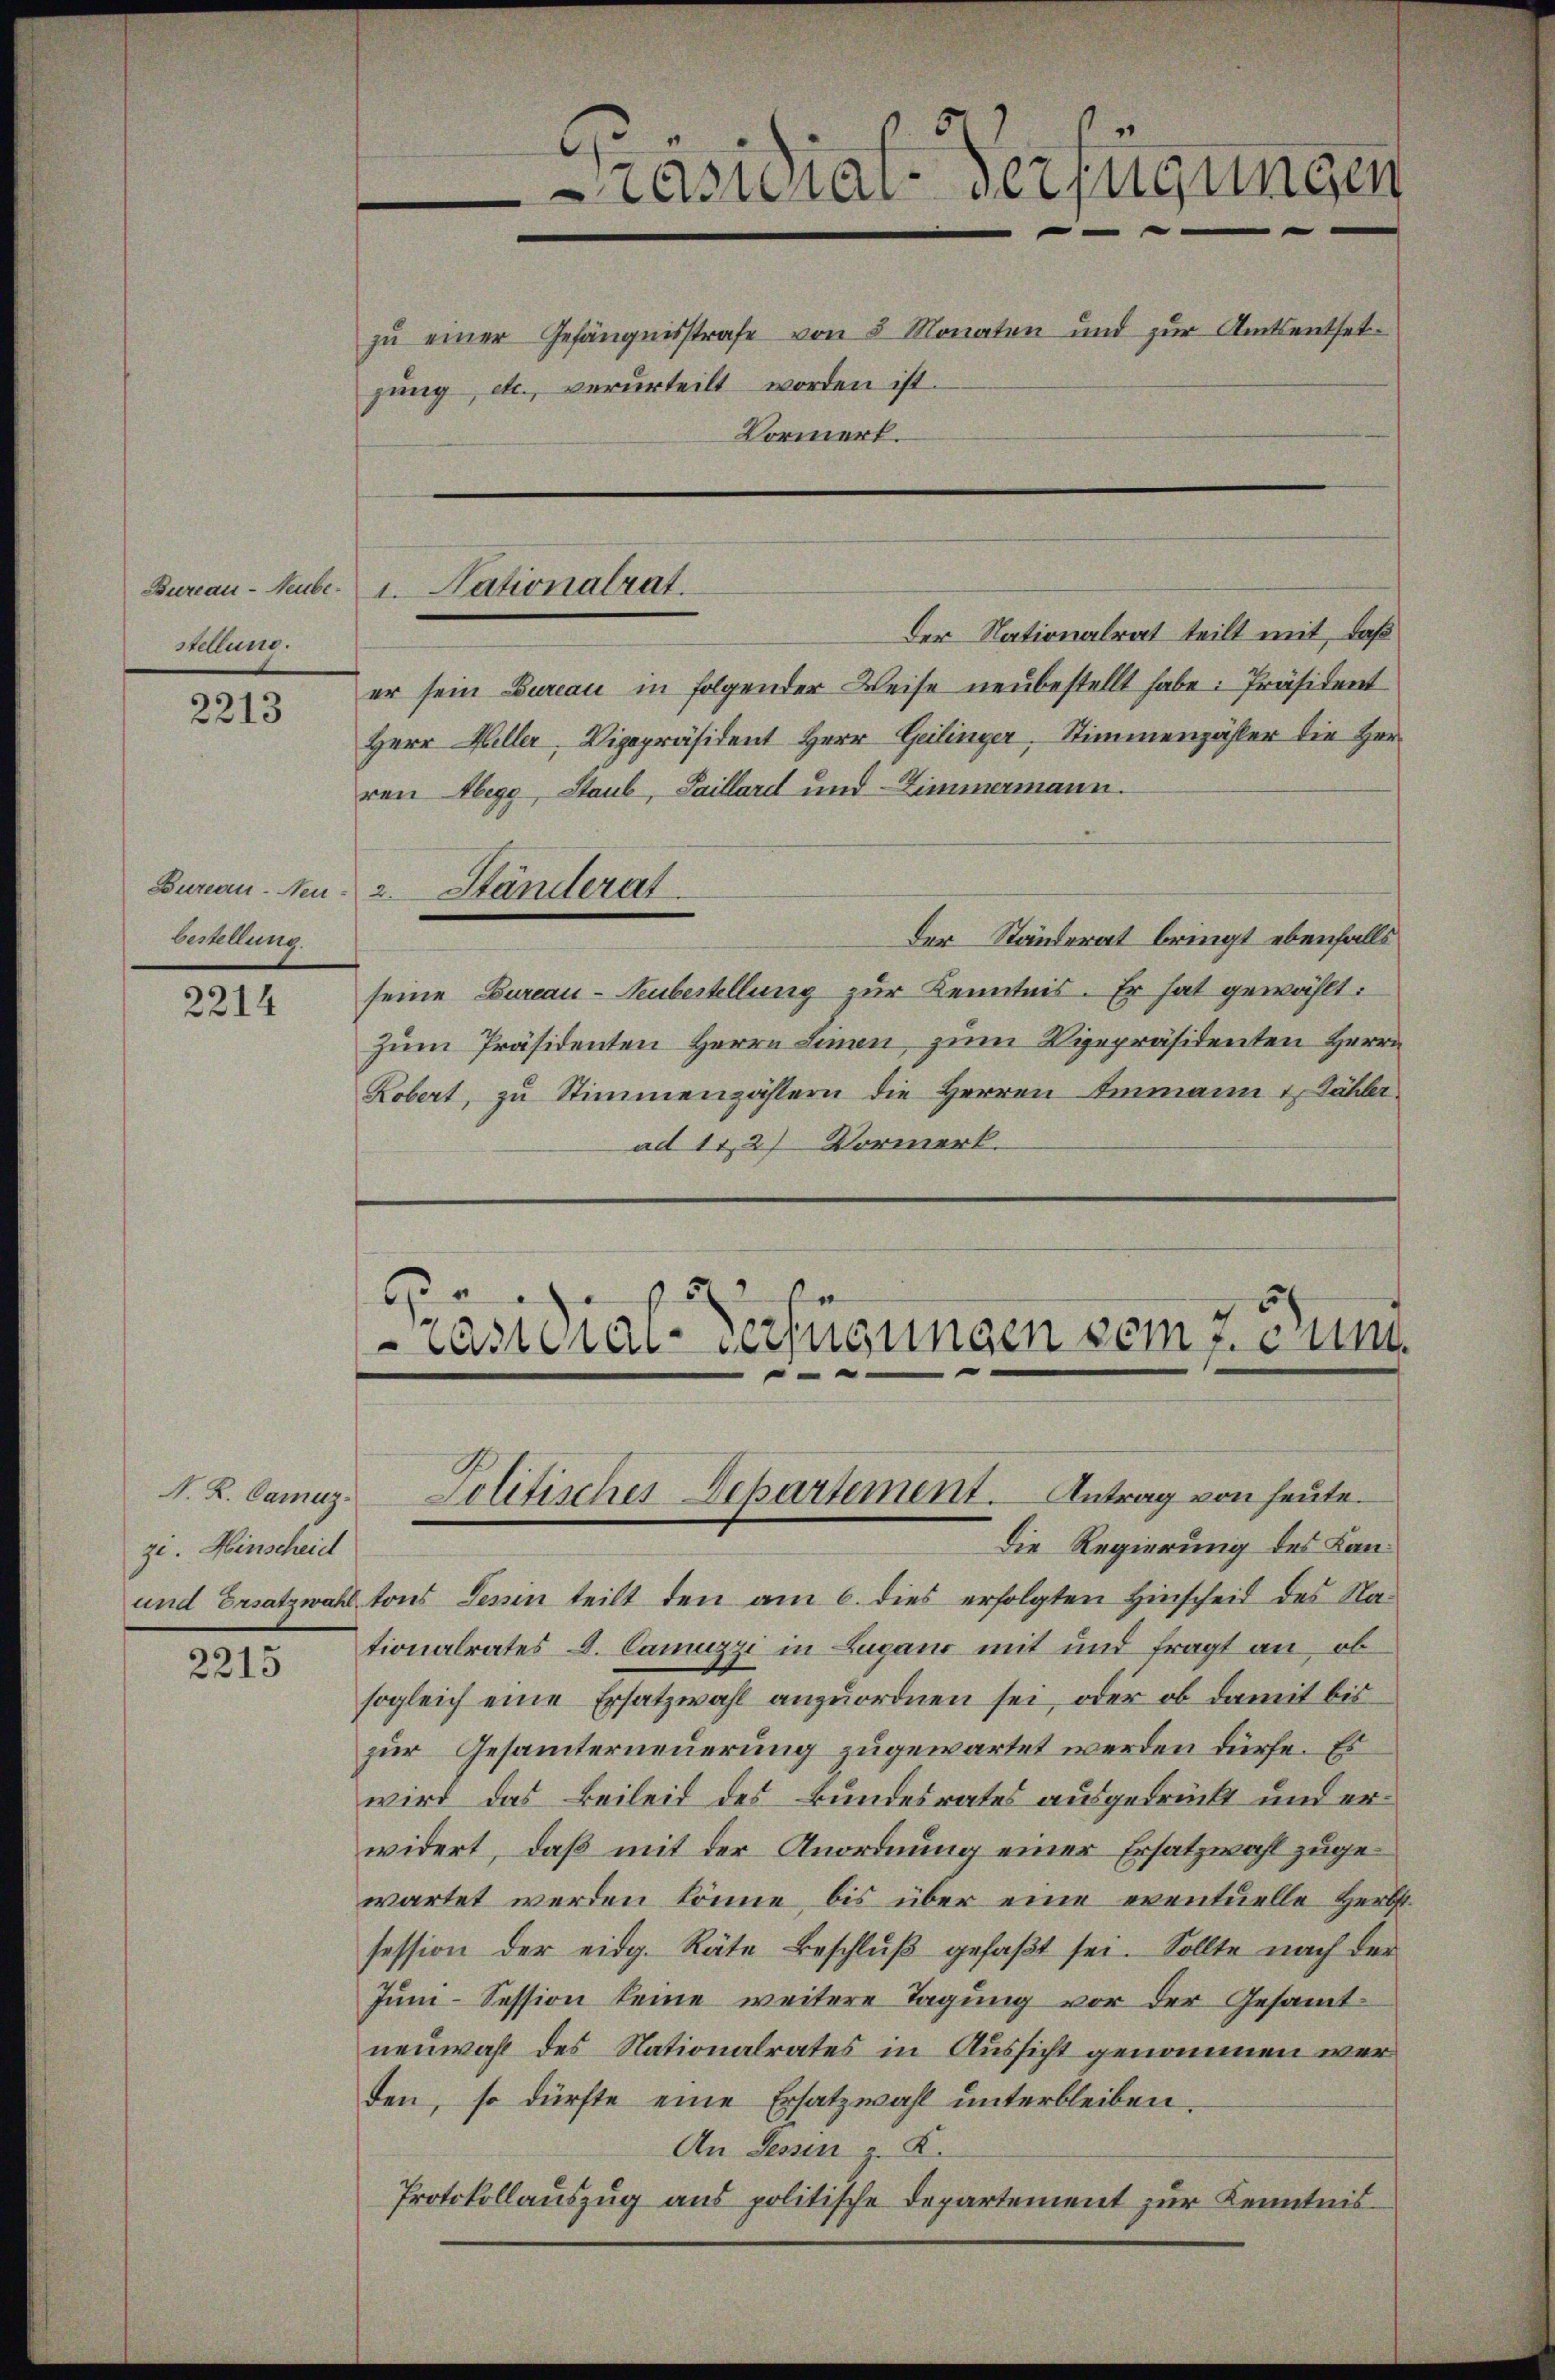
Bureau- Neube.
stellung.

2213

bestellung

2214

N. L. Camuz.
gi. Hinscheid

2215

rasteral-Verfügungen
zŭ einer Gefängnisstrafe von 5 Monaten und zŭr Amtsentset-
gung, etc., verurteilt worden ist.
Vormert.

Der Nationalrat teilt mit, daß
er sein Bureau in folgender Weise neubestellt habe: Präsident
Herr Heller, Vizepräsident Herr Geilinger, Stimmenzähler die Herren Abegg, Staub, Saillard und Zimmermann.
Bureau. Neu - 2. Ständerat
Der Ständerat bringt ebenfalls
seine Bureau- Neubestellung zur Kenntnis. Er hat gewählt:
Zum Präsidenten Herrn Linien zum Vizepräsidenten Herrn
Robert, zŭ Stimmenzählern die Herren Immann u. Dähler
ad 11,2) Vormerk.

I. Nationalrat.

.
25
räsidial-Verfügungen vom 7. Juni.

Die Regierung des Kan¬
und Ersatzwahl tons Tessin teilt den am 6. dies erfolgten Hinscheid des Na-
tionalrates D. Camuzzi in Lugano mit und fragt an, ob
sogleich eine Ersatzwahl anzuordnen sei, oder ob damit bis
zur Gesamterneuerung zugewartet werden dürfe. Es
wird das Beileid des Bundesrates ausgedrückt und erwidert, daß mit der Anordnung einer Ersatzwahl zugewartet werden könne, bis über eine eventuelle Herbstsession der eidg. Räte Beschlŭβ gefaβt sei. Sollte nach der
Juni-Session keine weitere Tagung vor der Gesammtneuwahl des Nationalrates in Aussicht genommen werden, so dürfte eine Ersatzwahl unterbleiben.
An Sessen z. K.
Protokollauszug aus politische Departement zur Kenntnis

Politisches Departement. Antrag von heute.